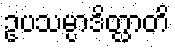
ဥပသမ္ပာဒိတ္ထာတိ